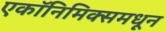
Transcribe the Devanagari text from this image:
एकॉनिमिक्समधून